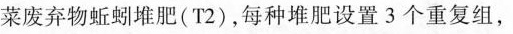
菜废弃物蚯蚓堆肥(T2)，每种堆肥设置3个重复组，